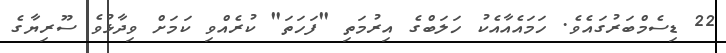
22 ޑިސެމްބަރުގައެވެ. ހަމައެއާއެކު ހަލަބްގެ އިރުމަތި "ފަހަތަ" ކުރެއްވި ކަމަށް ވިދާޅުވެ ސޫރިޔާގެ